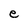
Character: e